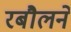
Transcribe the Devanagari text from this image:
रबौलने